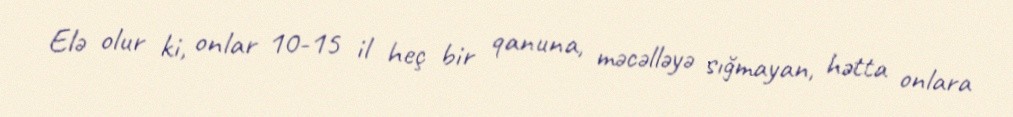
Elə olur ki, onlar 10-15 il heç bir qanuna, məcəlləyə sığmayan, hətta onlara